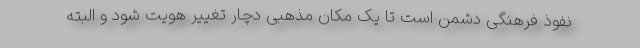
نفوذ فرهنگی دشمن است تا یک مکان مذهبی دچار تغییر هویت شود و البته